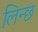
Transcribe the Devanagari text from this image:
लिन्छ